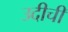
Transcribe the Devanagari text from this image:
उदीची